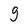
Character: 9